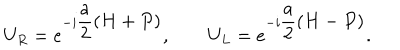
U _ { R } = e ^ { - i \displaystyle \frac { a } { 2 } ( H + P ) } , \qquad U _ { L } = e ^ { - i \displaystyle \frac { a } { 2 } ( H - P ) } .